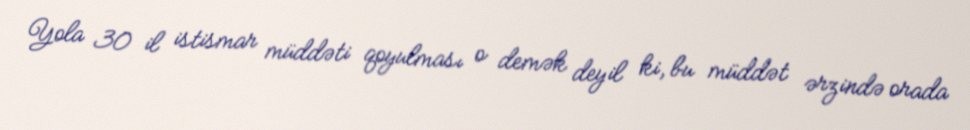
Yola 30 il istismar müddəti qoyulması o demək deyil ki, bu müddət ərzində orada